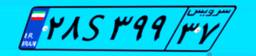
۲۸S۳۹۹۳۷